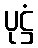
ပုဋ္ဌံ